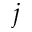
j